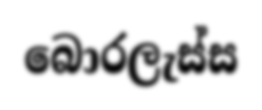
බොරලැස්ස